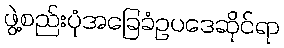
ဖွဲ့စည်းပုံအခြေခံဥပဒေဆိုင်ရာ